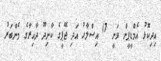
އިދިކޮޅު އެމްޑީޕީން ވަނީ 17 އިސްލާހު އަދި ޖޭޕީގެ ކާށިދޫ ދާއިރާގެ މެންބަރު